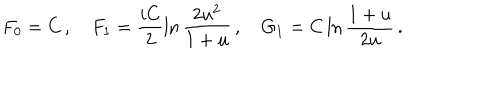
LaTeX: F _ { 0 } = C \, , \quad F _ { 1 } = \frac { i C } 2 \ln \frac { 2 u ^ { 2 } } { 1 + u } \, , \quad G _ { 1 } = C \ln \frac { 1 + u } { 2 u } \, .